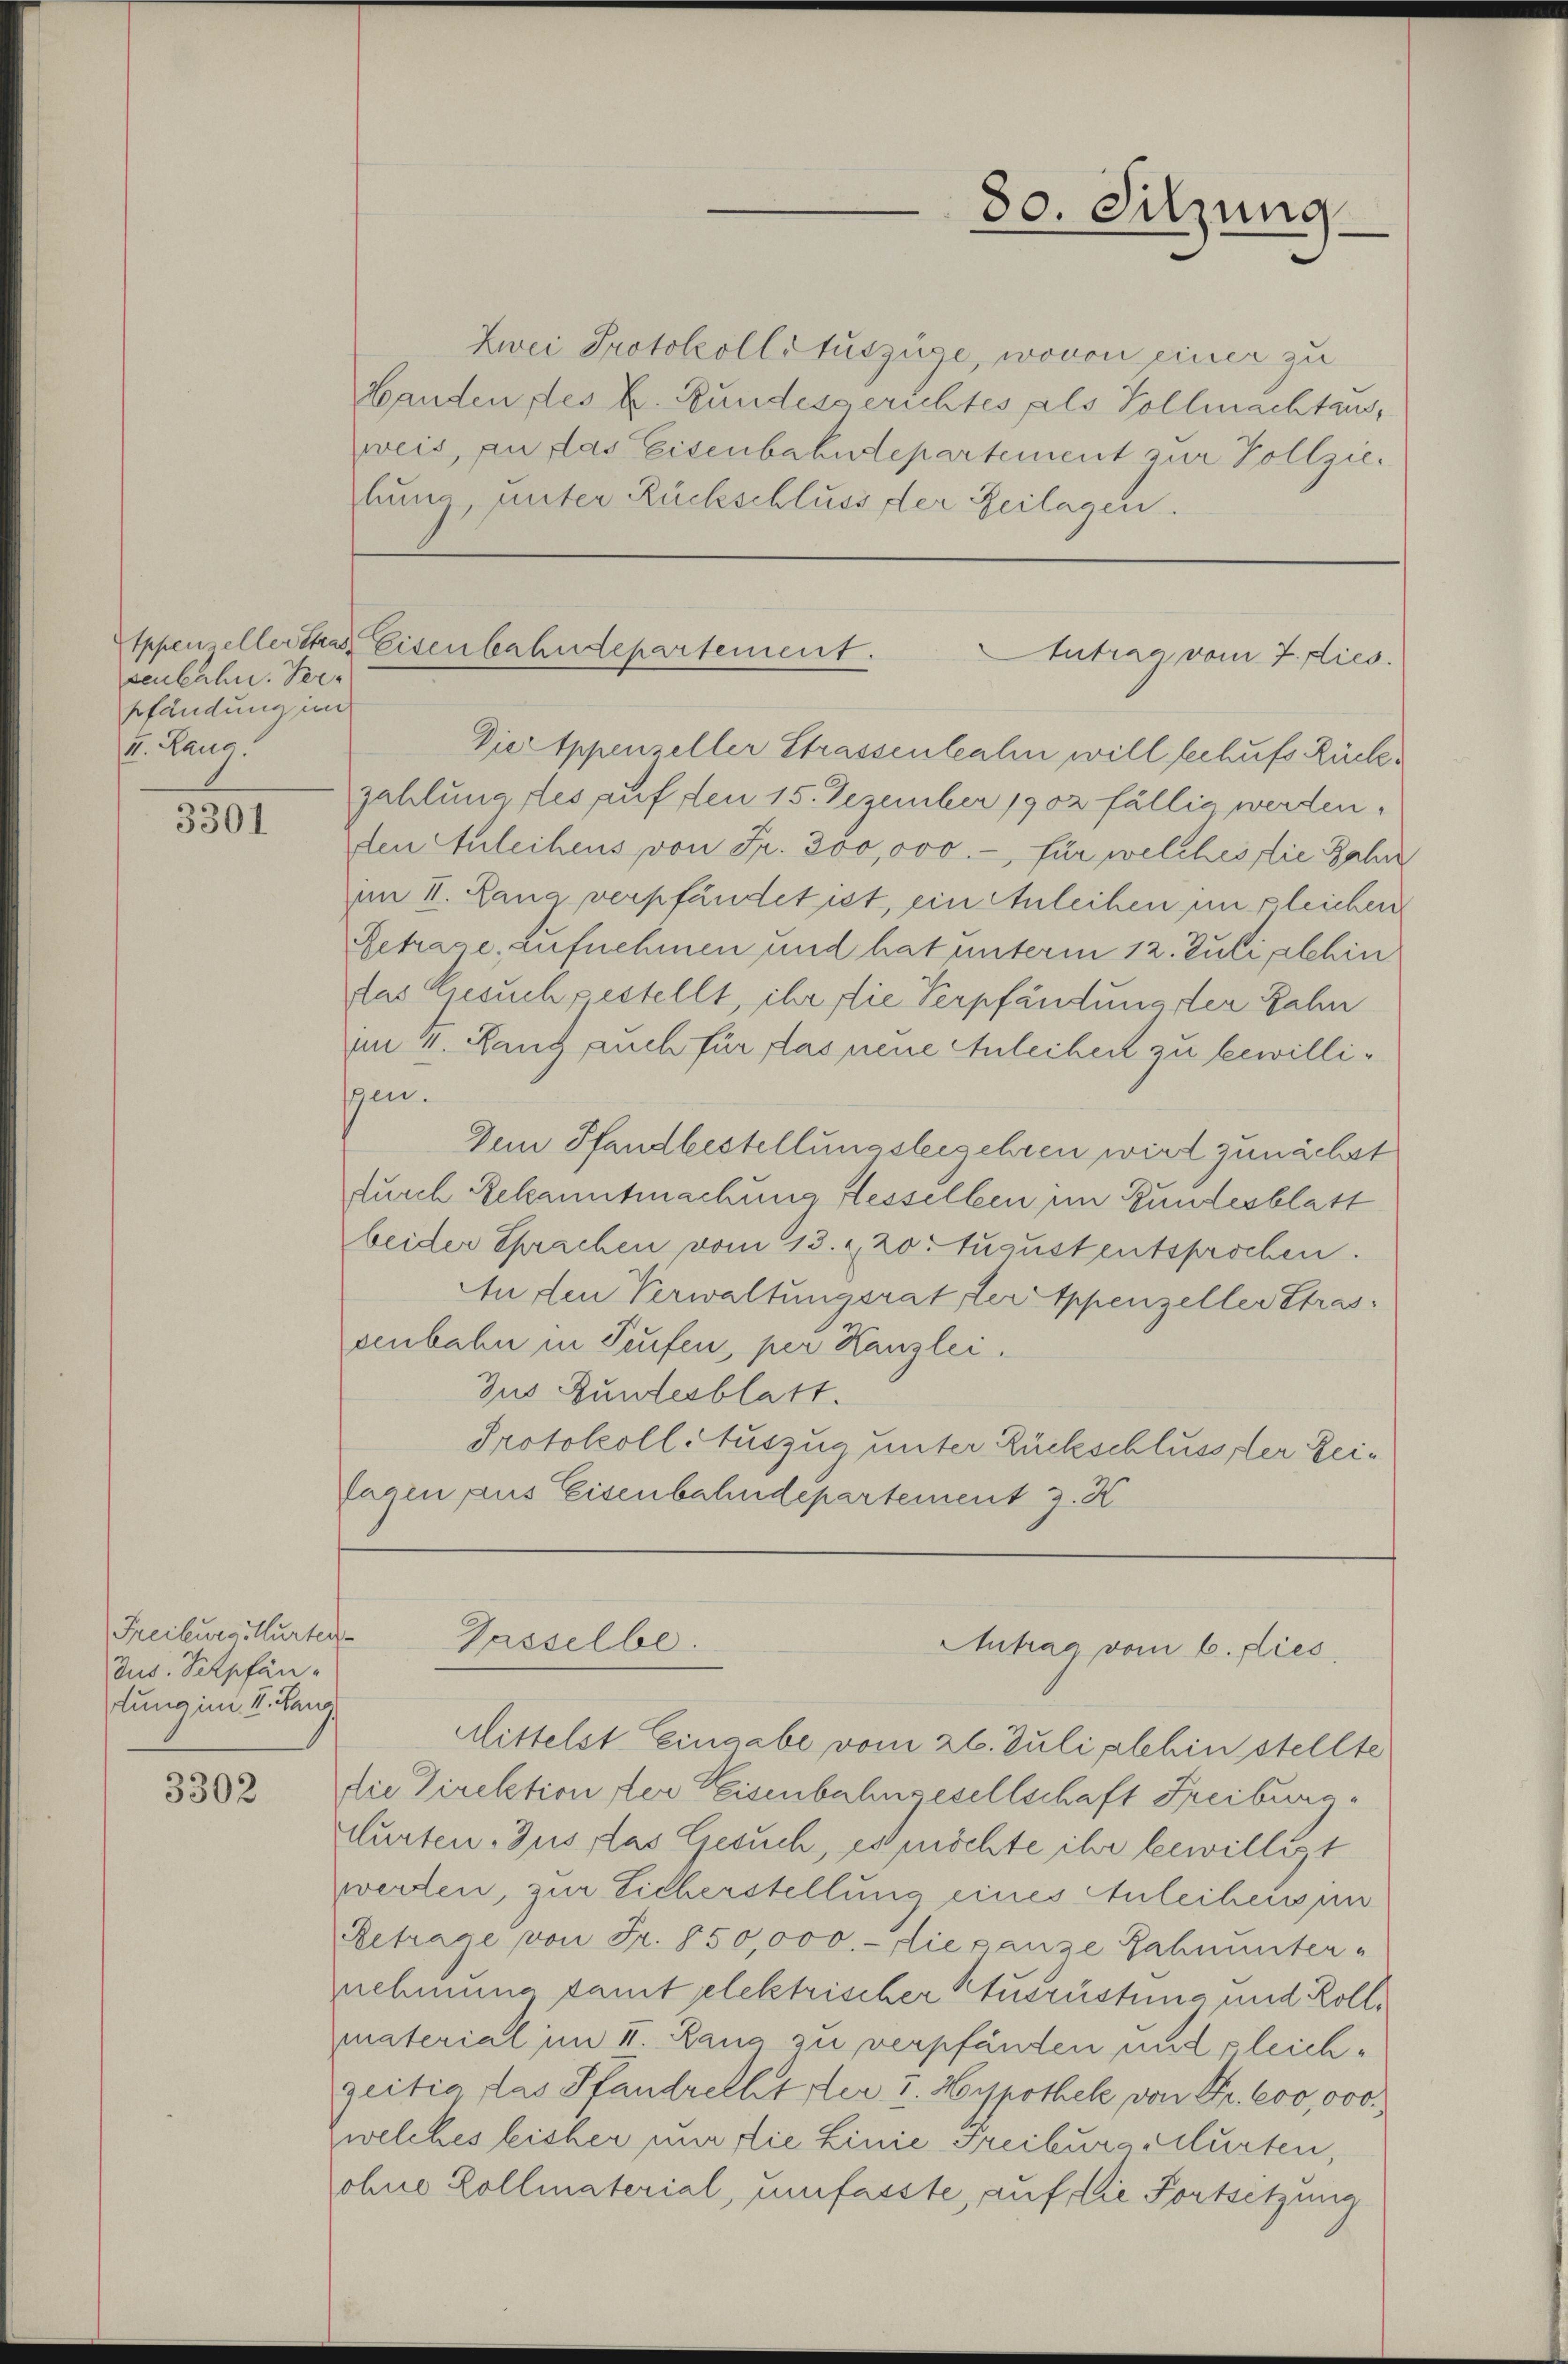
senbahn. Ver-
pfändung im
II. Laus

3301

Freiburg, Hurter¬
Jus. Verpfän-
dung im II. Land

3302

80. Sitzung

Zwei Protokollstuszüge, wovon einer zu
Handen des E. Bundesgerichtes als Vollmachten,
weis, an das Eisenbahndepartement zur Vollziehung, unter Rückschluss der Zeilagen.

Appen ellerster Eisenbahndepartement.
Iutrag vom 7. dies

Gasselbe.
Antrag vom 6. dies

Vier Appenzeller Strassenbahn will sechufs Rückzahlung des auf den 15. Dezember 1902 fällig werden,
den Anleihens von Fr. 300,000.- für welches die Zahn
im II. Lang verpfändet ist, ein Anleihen in gleichen
Getrage, aufnehmen und hat unterm 12. Juli alhin
das Gesuch pestellt, ihr die Verpfändung der Zahn
im 4. Rang auch für das neue Anleihen zu bewilligen.
Den Pfandbestellungsbegehren wird zunächst
durch Bekanntmachung fesselben im Bundesblatt
beider Sprachen vom 13. 2. 20. Augustentsprochen.
An den Verwaltungsrat der Appenzeller Stras
senbahn in Teufen, per Kanzlei.
Jus Bundesblatt.
Protokoll Auszug unter Rückschlusssler Zei¬
Tagen aus Eisenbahndepartement 3. K

Mittelst Eingabe vom 26. Juli abhin stellte
die Direktion der Eisenbahngesellschaft Freiburg.
curten Zus das Gesuch, es möchte ihr bewillist
werden, zur Eicherstellung eines Anleihens un
Retrage von Fr. 150,000.- die ganze Schnunter-
nehmung samt elektrischer Ausrüstung und Rollpaterial im II. Rang zu verpfänden und gleichzeitig das Pfandrecht der 2. Hypothek von Fr. 600,000.
welches bisher nur die Linie Freiburaciturten,
johne Zollmaterial, umfasste, auf die Fortsetzung